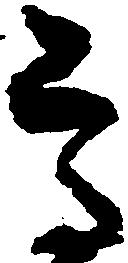
尊